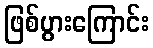
ဖြစ်ပွားကြောင်း